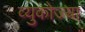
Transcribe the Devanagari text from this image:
व्युकोज्या